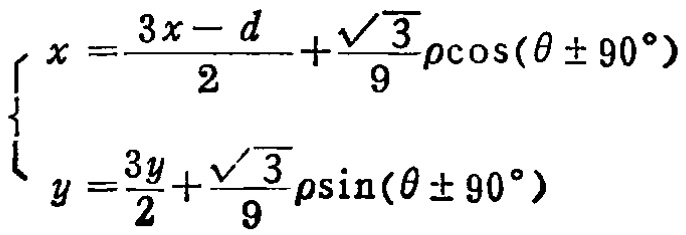
\[\begin{cases}
x = \frac{3x - d}{2}+\frac{\sqrt{3}}{9}\rho\cos(\theta\pm90^{\circ})\\
y = \frac{3y}{2}+\frac{\sqrt{3}}{9}\rho\sin(\theta\pm90^{\circ})
\end{cases}\]